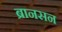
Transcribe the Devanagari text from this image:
ब्रानसन